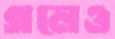
গলেও